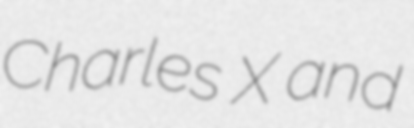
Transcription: Charles X and